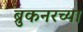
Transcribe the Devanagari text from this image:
ब्रुकनरच्या